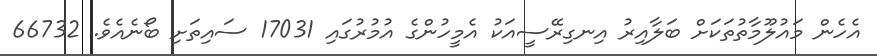
އެހެން މައުލޫމާތުތަކަށް ބަލާއިރު އިނގިރޭސީއަކު އެމީހުންގެ އުމުރުގައި 17031 ސައިތަށި ބޯނެއެވެ. 66732